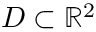
D \subset \mathbb { R } ^ { 2 }